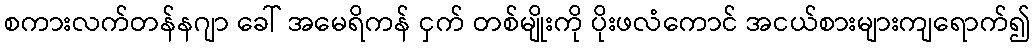
စကားလက်တန်နဂျာ ခေါ် အမေရိကန် ငှက် တစ်မျိုးကို ပိုးဖလံကောင် အငယ်စားများကျရောက်၍